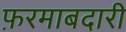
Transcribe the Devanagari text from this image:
फ़रमाबदारी